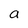
Character: a